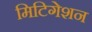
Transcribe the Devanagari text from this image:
मिटिगेशन